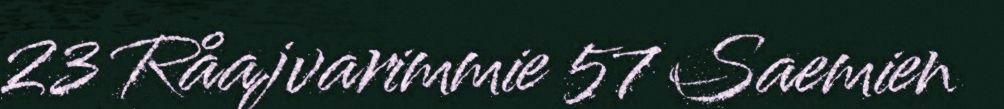
23 Råajvarimmie 57 Saemien